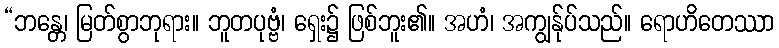
“ဘန္တေ၊ မြတ်စွာဘုရား။ ဘူတပုဗ္ဗံ၊ ရှေး၌ ဖြစ်ဘူး၏။ အဟံ၊ အကျွန်ုပ်သည်။ ရောဟိတေဿာ